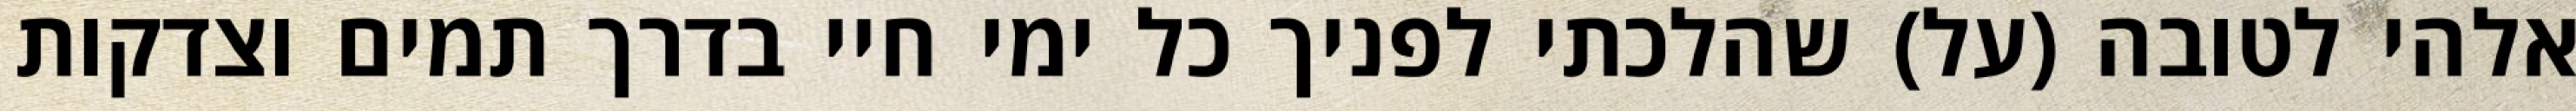
אלהי לטובה (על) שהלכתי לפניך כל ימי חיי בדרך תמים וצדקות